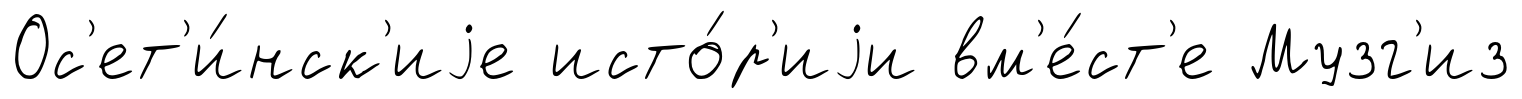
Ос'ет'и́нск'иjе исто́р'иjи вм'е́ст'е Музг'из